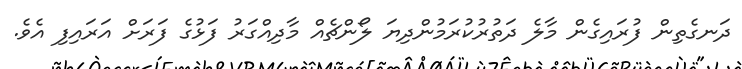
ދަނގެތިން ފުރައިގެން މާލެ ދަތުރުކުރަމުންދިޔަ ލޯންޗެއް މާދިއްގަރު ފަޅުގެ ފަރަށް އަރައިފި އެވެ.